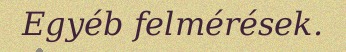
Egyéb felmérések.